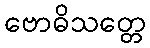
ဗောဓိသတ္တေ